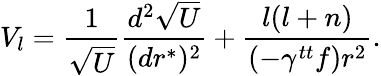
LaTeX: V_{l}={\frac{1}{\sqrt{U}}}{\frac{d^{2}\sqrt{U}}{(dr^{*})^{2}}}+{\frac{l(l+n)}{(-\gamma^{tt}f)r^{2}}}.